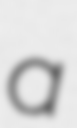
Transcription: a